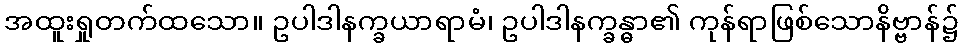
အထူးရှုတက်ထသော။ ဥပါဒါနက္ခယာရာမံ၊ ဥပါဒါနက္ခန္ဓာ၏ ကုန်ရာဖြစ်သောနိဗ္ဗာန်၌